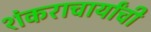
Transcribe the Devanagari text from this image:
शंकराचार्यांची